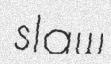
slaw